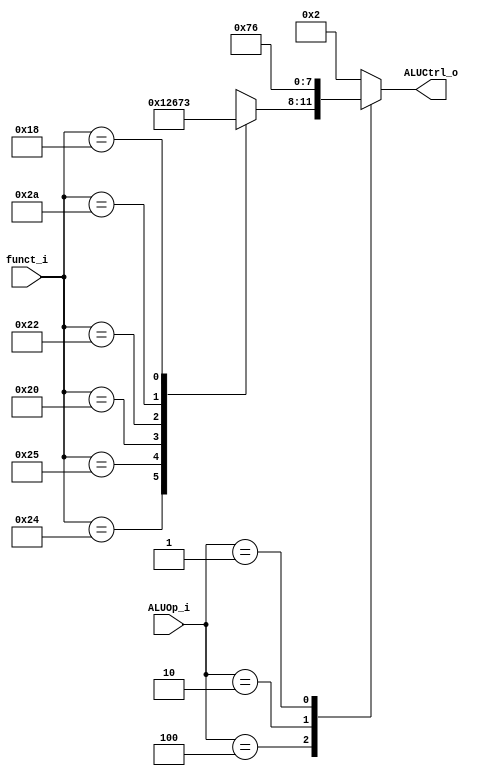
//Subject:     CO project 2 - ALU Controller
//--------------------------------------------------------------------------------
//Version:     1
//--------------------------------------------------------------------------------
//Writer:      109550136 
//----------------------------------------------
//Date:        
//----------------------------------------------
//Description: 
//--------------------------------------------------------------------------------

module ALU_Ctrl(
          funct_i,
          ALUOp_i,
          ALUCtrl_o
          );
          
//I/O ports 
input      [6-1:0] funct_i;
input      [3-1:0] ALUOp_i;

output     [4-1:0] ALUCtrl_o;    
     
//Internal Signals
reg        [4-1:0] ALUCtrl_o;

//Parameter

       
//Select exact operation
always@(*)begin
	case(ALUOp_i)
		3'b100:	
		case(funct_i)
		   	6'b100100: ALUCtrl_o <= 4'b0000;    // and 0000
            6'b100101: ALUCtrl_o <= 4'b0001;    // or  0001
            6'b100000: ALUCtrl_o <= 4'b0010;    // add 0010
            6'b100010: ALUCtrl_o <= 4'b0110;    // sub 0110
            6'b101010: ALUCtrl_o <= 4'b0111;    // slt 0111
		   	6'b011000: ALUCtrl_o <= 4'b0011;    // mult 0011
            default:   ALUCtrl_o <= 4'bxxxx;
		endcase
		//addi, lw, sw
		3'b000:	ALUCtrl_o <= 4'b0010;
		//slti
		3'b010:  ALUCtrl_o <= 4'b0111;               
		//beq
		3'b001:	ALUCtrl_o <= 4'b0110;				
		default: ALUCtrl_o <= 4'b0010;
				
	endcase
end
endmodule